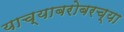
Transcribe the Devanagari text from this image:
याच्याबरोबरच्या